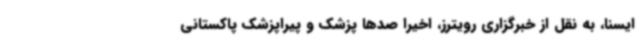
ایسنا، به نقل از خبرگزاری رویترز، اخیرا صدها پزشک و پیراپزشک پاکستانی